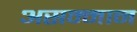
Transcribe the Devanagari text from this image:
असम्मान